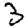
Digit: 3